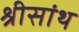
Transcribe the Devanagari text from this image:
श्रीसांथ